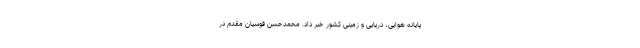
پایانه هوایی، دریایی و زمینی کشور خبر داد. محمدحسن قوسیان مقدم در